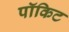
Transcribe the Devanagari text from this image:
पॉकिट